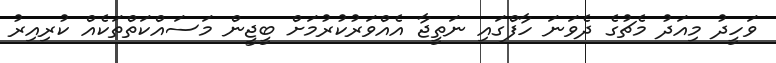
ވަހީދު މިއަދު މެޗުގެ ދެވަނަ ހާފްގައި ނަތީޖާ އެއްވަރުކުރުމަށް ބީޖީން މަސައްކަތްތަކެއް ކުރިއިރު